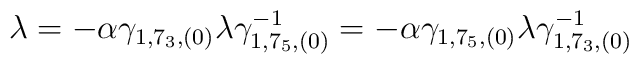
\lambda = - \alpha \gamma_{1,  7_3, (0)} \lambda \gamma^{-1}_{1,  7_5,(0)} = - \alpha \gamma_{1, 7_5, (0)} \lambda \gamma^{-1}_{1, 7_3, (0)}